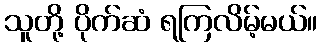
သူတို့ ပိုက်ဆံ ရကြလိမ့်မယ်။